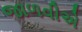
જાળવીએ